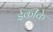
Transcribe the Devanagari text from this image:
ईकीके